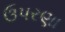
ઉપરણા